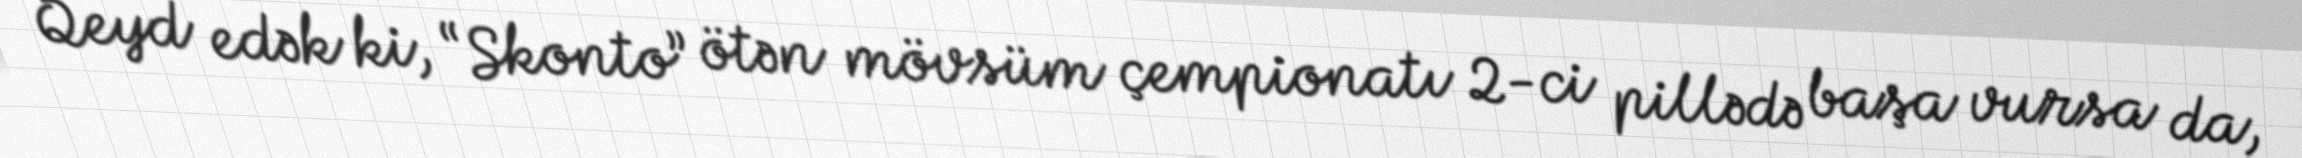
Qeyd edək ki, “Skonto” ötən mövsüm çempionatı 2-ci pillədə başa vursa da,